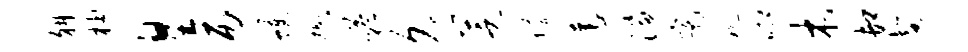
斜柚皇丙蠖懋嗒久芝懵莲淄亮视唧木卸馨